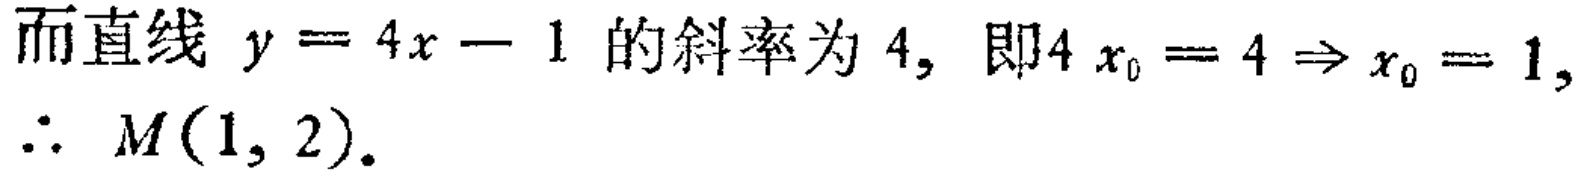
而直线 \(y = 4x - 1\) 的斜率为 \(4\)，即\(4x_0 = 4 \Rightarrow x_0 = 1\)，
\(\therefore M(1, 2)\)。